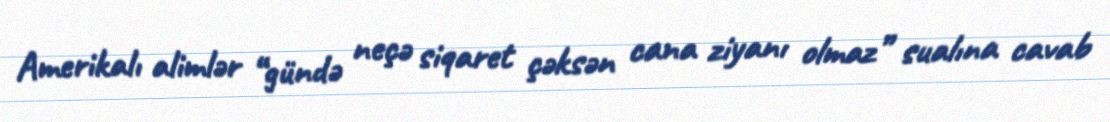
Amerikalı alimlər “gündə neçə siqaret çəksən cana ziyanı olmaz” sualına cavab